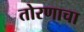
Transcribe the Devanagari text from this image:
तोरणाचा